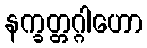
နက္ခတ္တဂ္ဂါဟော